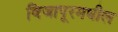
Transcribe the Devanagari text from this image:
विजापूरमधील